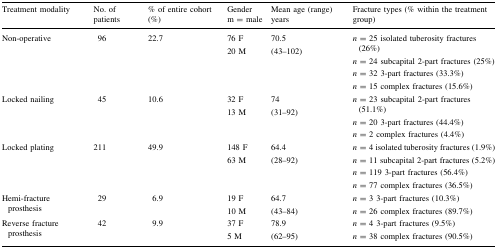
<table><thead><tr><td><b>Treatment modality</b></td><td><b>No. of patients</b></td><td><b>% of entire cohort (%)</b></td><td><b>Genderm = male</b></td><td><b>Mean age (range) years</b></td><td><b>Fracture types (% within the treatment group)</b></td></tr></thead><tbody><tr><td>Non-operative</td><td>96</td><td>22.7</td><td>76 F20 M</td><td>70.5(43–102)</td><td><i>n</i> = 25 isolated tuberosity fractures (26%)<i>n</i> = 24 subcapital 2-part fractures (25%)<i>n</i> = 32 3-part fractures (33.3%)<i>n</i> = 15 complex fractures (15.6%)</td></tr><tr><td>Locked nailing</td><td>45</td><td>10.6</td><td>32 F13 M</td><td>74(31–92)</td><td><i>n</i> = 23 subcapital 2-part fractures (51.1%)<i>n</i> = 20 3-part fractures (44.4%)<i>n</i> = 2 complex fractures (4.4%)</td></tr><tr><td>Locked plating</td><td>211</td><td>49.9</td><td>148 F63 M</td><td>64.4(28–92)</td><td><i>n</i> = 4 isolated tuberosity fractures (1.9%)<i>n</i> = 11 subcapital 2-part fractures (5.2%)<i>n</i> = 119 3-part fractures (56.4%)<i>n</i> = 77 complex fractures (36.5%)</td></tr><tr><td>Hemi-fracture prosthesis</td><td>29</td><td>6.9</td><td>19 F10 M</td><td>64.7(43–84)</td><td><i>n</i> = 3 3-part fractures (10.3%)<i>n</i> = 26 complex fractures (89.7%)</td></tr><tr><td>Reverse fracture prosthesis</td><td>42</td><td>9.9</td><td>37 F5 M</td><td>78.9(62–95)</td><td><i>n</i> = 4 3-part fractures (9.5%)<i>n</i> = 38 complex fractures (90.5%)</td></tr></tbody></table>